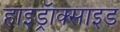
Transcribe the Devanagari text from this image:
हाइड्रॅाक्साइड